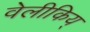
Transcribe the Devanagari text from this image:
वेलीकिय्